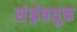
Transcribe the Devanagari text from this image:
संश्लेषयुक्त